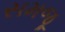
સમજૂ